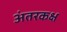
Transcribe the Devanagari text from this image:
अंतरकक्ष